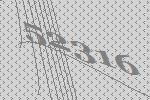
52316